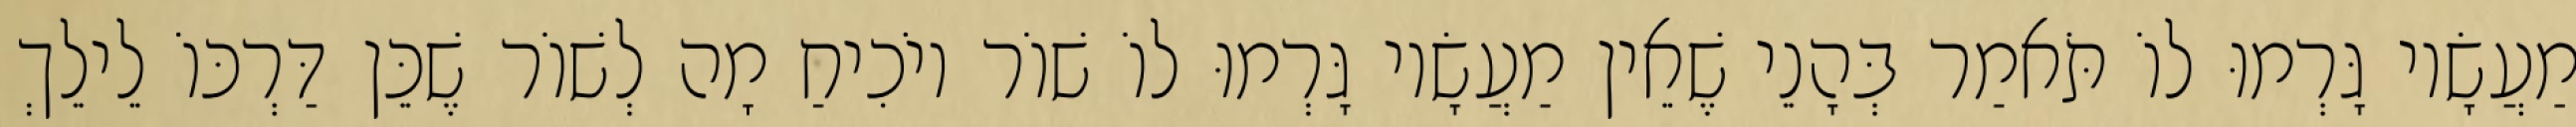
מַעֲשָׂיו גָּרְמוּ לוֹ תֹּאמַר בְּהָנֵי שֶׁאֵין מַעֲשָׂיו גָּרְמוּ לוֹ שׁוֹר יוֹכִיחַ מָה לְשׁוֹר שֶׁכֵּן דַּרְכּוֹ לֵילֵךְ